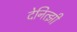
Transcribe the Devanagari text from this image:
देनित्झी